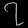
Digit: ၇